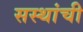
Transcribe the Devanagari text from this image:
सस्थांची